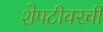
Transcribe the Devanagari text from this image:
शेपटीवरची